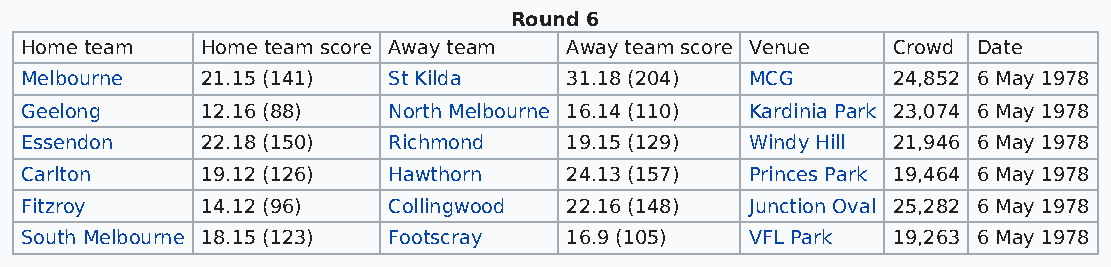
Round 6
 Home team   Home team score Away team Away team score Venue Crowd Date
 Melbourne   21.15 (141)  St Kilda   31.18 (204)  MCG      24,852 6 May 1978
 Geelong     12.16 (88)   North Melbourne 16.14 (110) Kardinia Park 23,074 6 May 1978
 Essendon    22.18 (150)  Richmond   19.15 (129)  Windy Hill 21,946 6 May 1978
 Carlton     19.12 (126)  Hawthorn   24.13 (157)  Princes Park 19,464 6 May 1978
 Fitzroy     14.12 (96)   Collingwood 22.16 (148) Junction Oval 25,282 6 May 1978
 South Melbourne 18.15 (123) Footscray 16.9 (105) VFL Park 19,263 6 May 1978